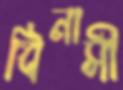
বিনাসী